Report on vaccination proceedings throughout the Government of Bengal -
Year: 1868
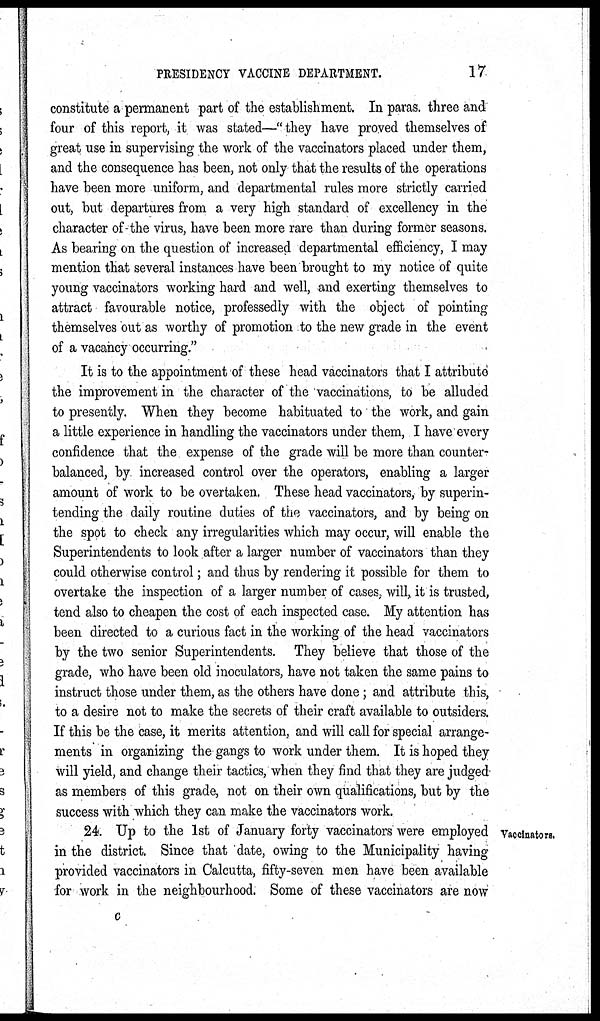
PRESIDENCY VACCINE DEPARTMENT.
17
constitute a permanent part of the establishment. In paras. three and
four of this report, it was stated—" they have proved themselves of
great use in supervising the work of the vaccinators placed under them,
and the consequence has been, not only that the results of the operations
have been more uniform, and departmental rules more strictly carried
out, but departures from a very high standard of excellency in the
character of the virus, have been more rare than during former seasons.
As bearing on the question of increased departmental efficiency, I may
mention that several instances have been brought to my notice of quite
young vaccinators working hard and well, and exerting themselves to
attract favourable notice, professedly with the object of pointing
themselves out as worthy of promotion to the new grade in the event
of a vacancy occurring."
It is to the appointment of these head vaccinators that I attribute
the improvement in the character of the vaccinations, to be alluded
to presently. When they become habituated to the work, and gain
a little experience in handling the vaccinators under them, I have every
confidence that the expense of the grade will be more than counter-
balanced, by increased control over the operators, enabling a larger
amount of work to be overtaken. These head vaccinators, by superin-
tending the daily routine duties of the vaccinators, and by being on
the spot to check any irregularities which may occur, will enable the
Superintendents to look after a larger number of vaccinators than they
could otherwise control; and thus by rendering it possible for them to
overtake the inspection of a larger number of cases, will, it is trusted,
tend also to cheapen the cost of each inspected case. My attention has
been directed to a curious fact in the working of the head vaccinators
by the two senior Superintendents. They believe that those of the
grade, who have been old inoculators, have not taken the same pains to
instruct those under them, as the others have done; and attribute this,
to a desire not to make the secrets of their craft available to outsiders.
If this be the case, it merits attention, and will call for special arrange-
ments in organizing the gangs to work under them. It is hoped they
will yield, and change their tactics, when they find that they are judged
as members of this grade, not on their own qualifications, but by the
success with which they can make the vaccinators work.
Vaccinators.
24. Up to the 1st of January forty vaccinators were employed
in the district. Since that date, owing to the Municipality having
provided vaccinators in Calcutta, fifty-seven men have been available
for work in the neighbourhood. Some of these vaccinators are now
c